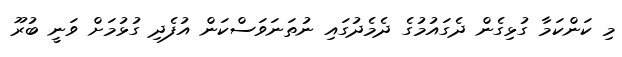
މި ކަންކަމާ ގުޅިގެން ދެގައުމުގެ ދެމެދުގައި ނުތަނަވަސްކަން އުފެދި ގުޅުމަށް ވަނީ ބުރޫ